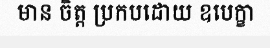
មាន ចិត្ត ប្រកបដោយ ឧបេក្ខា